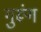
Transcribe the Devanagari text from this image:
गुरूंग